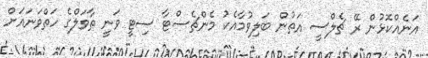
އަނެއްކޮޅުން ރޭ ޗެލްސީ އަތުން ބަލިވުމާއެކު މެންޗެސްޓާ ސިޓީ ވަނީ ތާވަލްގެ ހަތްވަނައަށް